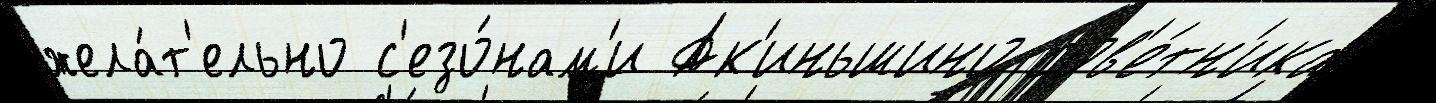
жела́т'ельно с'езо́нам'и Ак'иньшино сов'е́тн'ика